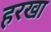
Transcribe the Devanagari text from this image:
हरखा